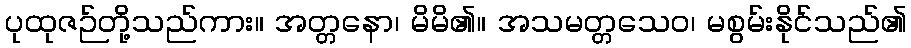
ပုထုဇဉ်တို့သည်ကား။ အတ္တနော၊ မိမိ၏။ အသမတ္တသေဝ၊ မစွမ်းနိုင်သည်၏